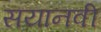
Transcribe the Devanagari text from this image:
सयानवी